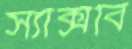
স্যাক্সবি